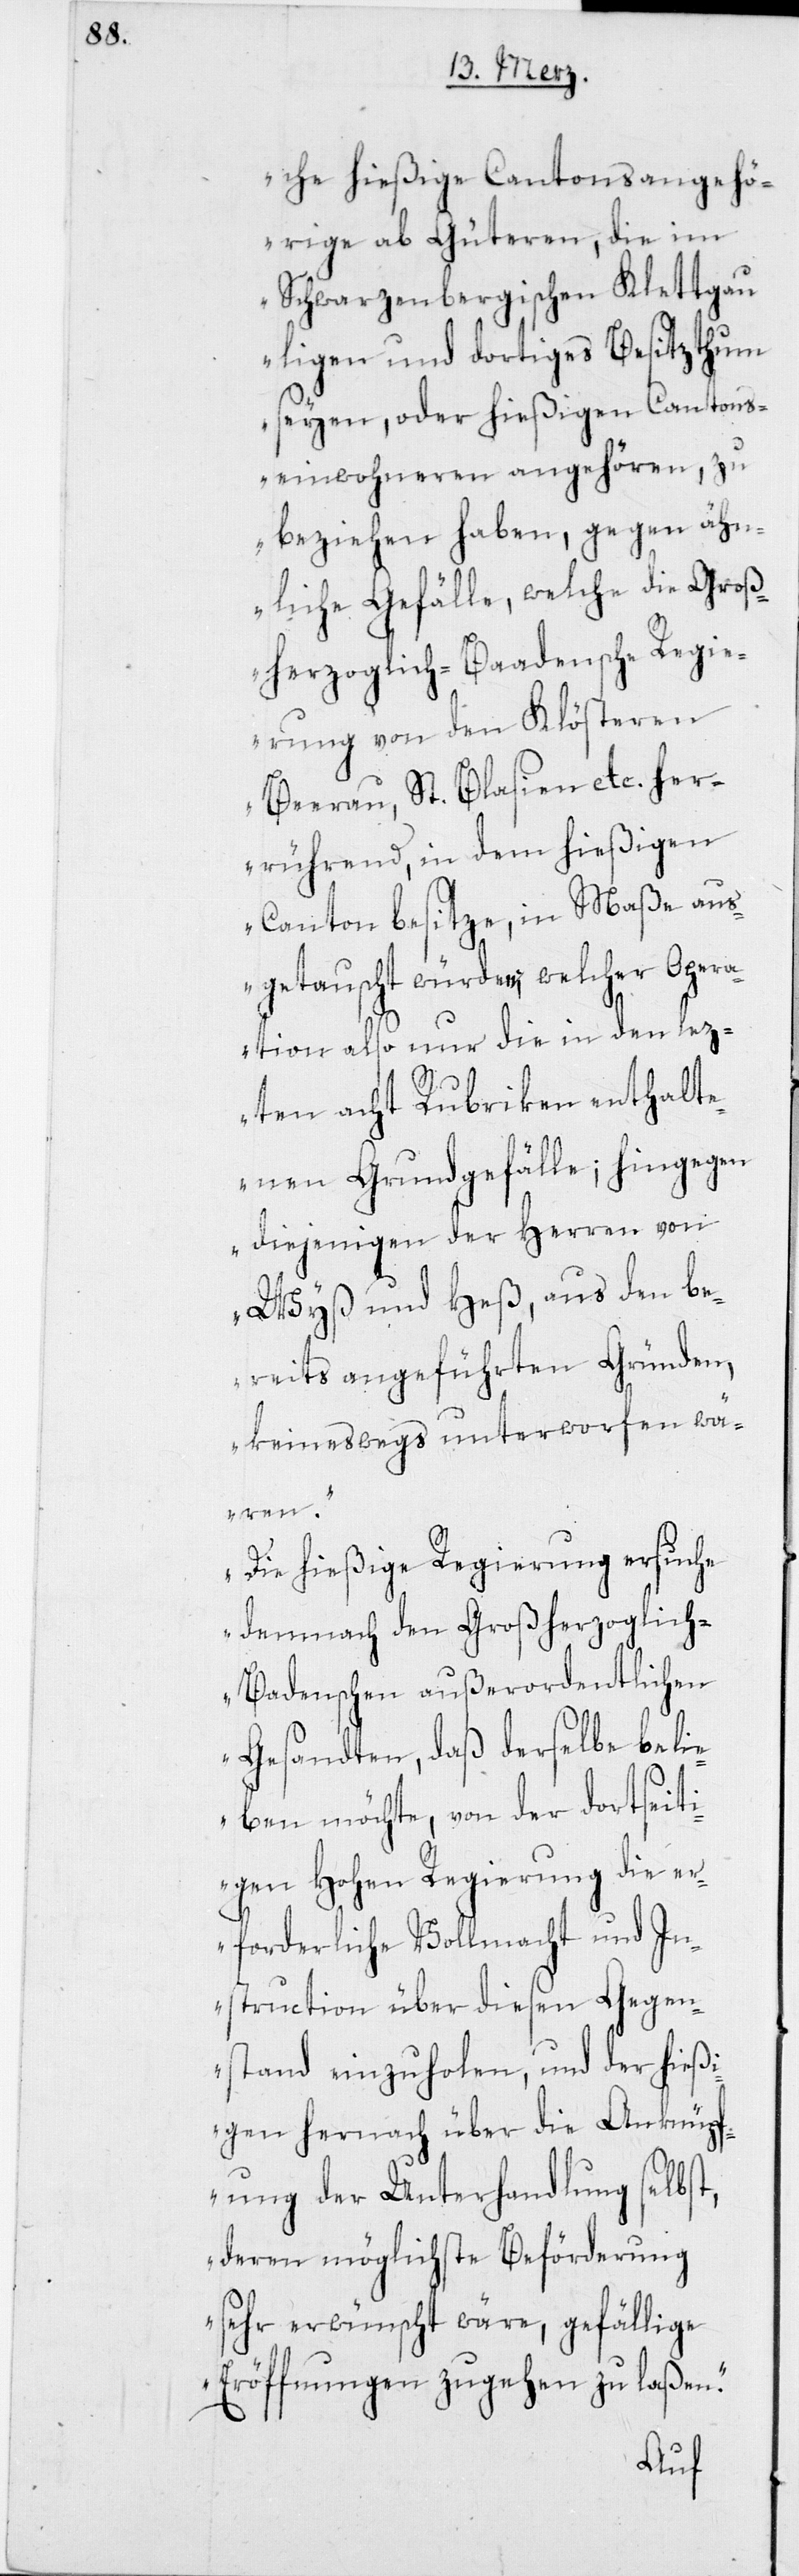
che hießige Cantonsangehö¬
rige ab Güteren, die im
Schwarzenbergischen Klettgau
ligen und dortiges Besitzthum
seyen, oder hießigen Cantons¬
einwohneren angehören, zu
beziehen haben, gegen ähn¬
liche Gefälle, welche die Groß¬
herzoglich-Baadensche Regie¬
rung von den Klösteren
Beerau, St. Blasien etc. her¬
rührend, in dem hießigen
Canton besitze, in Maße aus¬
getauscht würden; welcher Oper¬
ation also nur die in den lez¬
ten acht Rubriken enthalt¬
enen Grundgefälle; hingegen
diejenigen der Herren von
Wyß und Heß, aus den be¬
reits angeführten Gründen,
keineswegs unterworfen wä¬
ren.
Die hießige Regierung ersuche
demnach den Großherzoglic¬
h-Baadenschen außerordentlichen
Gesandten, daß derselbe beli¬
eben möchte, von der dortseiti¬
gen Hohen Regierung die er¬
forderliche Vollmacht und In¬
struction über diesen Gegen¬
stand einzuholen, und der hießi¬
gen hernach über die Anknüpf¬
ung der Unterhandlung selbst,
deren möglichste Beförderung
sehr erwünscht wäre, gefällige
Eröffnungen zugehen zu laßen.